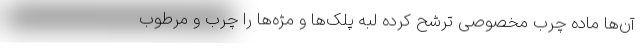
آن‌ها ماده چرب مخصوصی ترشح کرده لبه پلک‌ها و مژه‌ها را چرب و مرطوب